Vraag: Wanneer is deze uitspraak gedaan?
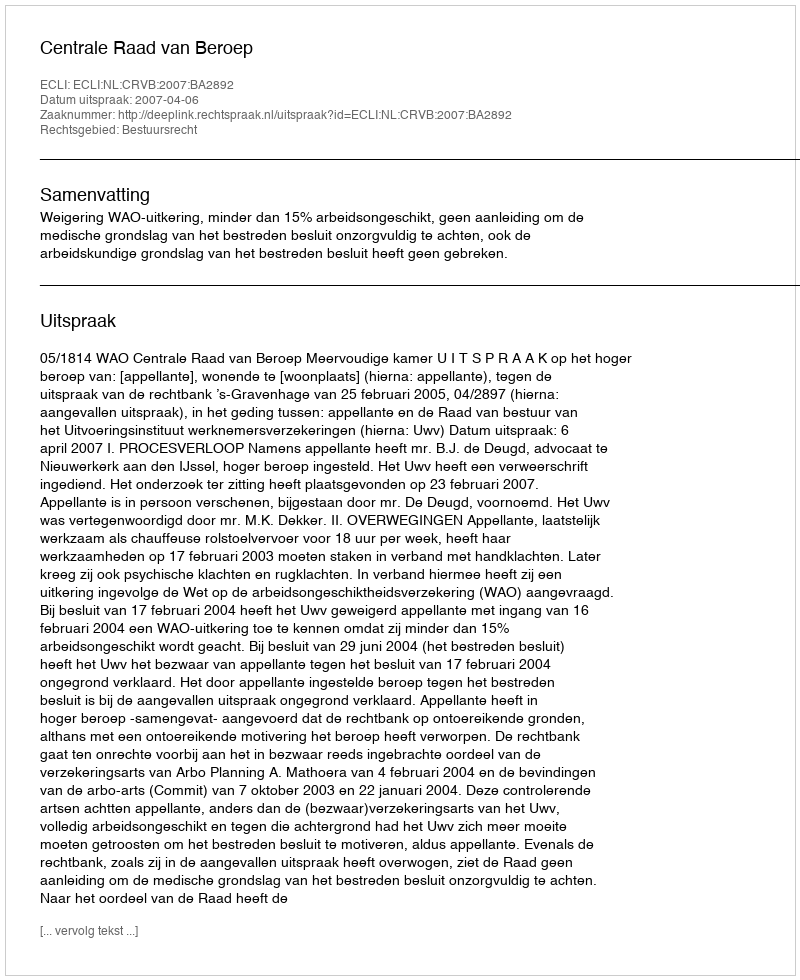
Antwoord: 2007-04-06